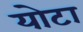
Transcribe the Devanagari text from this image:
योटा